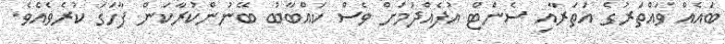
ބައެއް ވައްތަރުގެ އަތަރާއި ސެންޓް އުފެއްދުމަށް ވެސް ކައްބާބު ބޭނުންކުރާކަން ފާހަގަ ކުރެވެއެވެ.